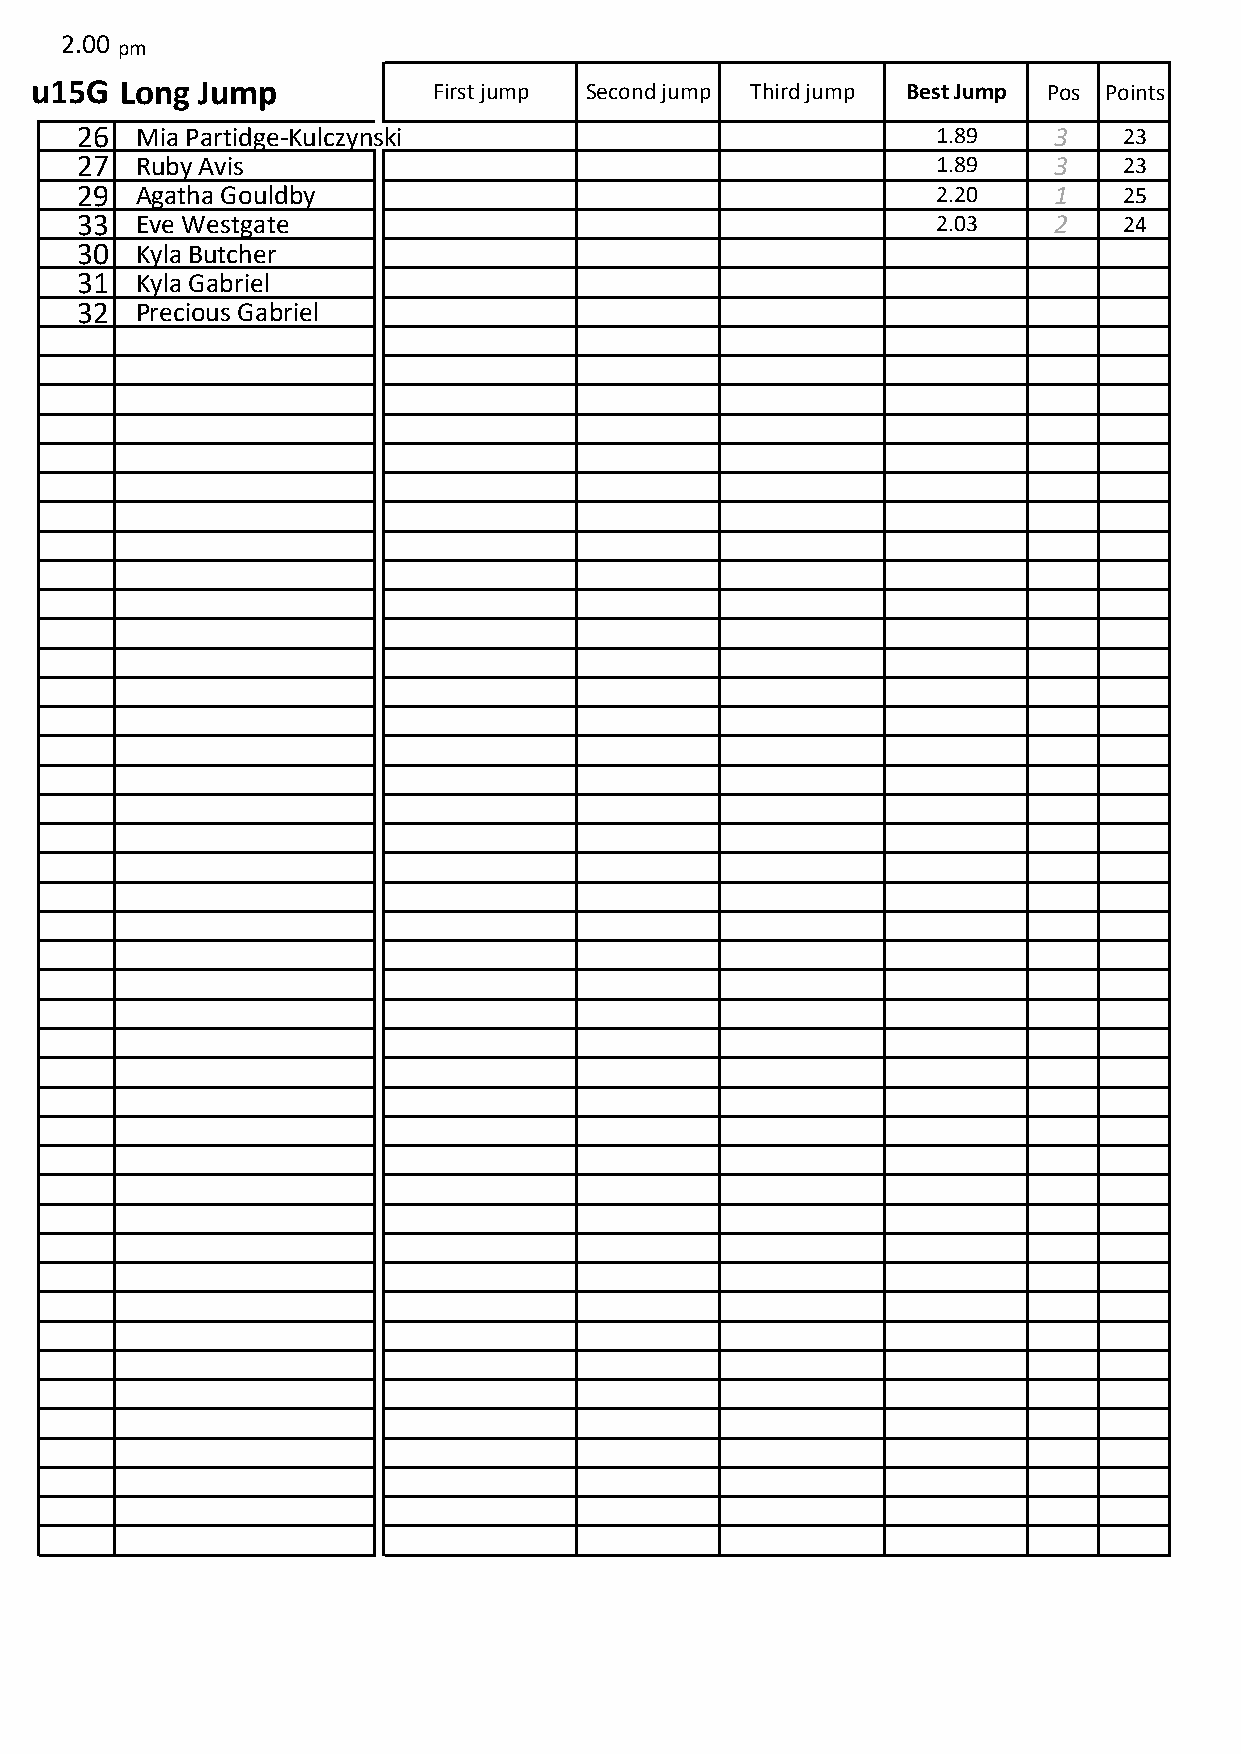
2.00
 pm
 u15G  Long Jump            First jump Second jump Third jump Best Jump Pos Points
 26  Mia Partidge-Kulczynski                              1.89    3   23
 27  Ruby Avis                                            1.89    3   23
 29  Agatha Gouldby                                       2.20    1   25
 33  Eve Westgate                                         2.03    2   24
 30  Kyla Butcher
 31  Kyla Gabriel
 32  Precious Gabriel
 0  0
 0  0
 0  0
 0  0
 0  0
 0  0
 0  0
 0  0
 0  0
 0  0
 0  0
 0  0
 0  0
 0  0
 0  0
 0  0
 0  0
 0  0
 0  0
 0  0
 0  0
 0  0
 0  0
 0  0
 0  0
 0  0
 0  0
 0  0
 0  0
 0  0
 0  0
 0  0
 0  0
 0  0
 0  0
 0  0
 0  0
 0  0
 0  0
 0  0
 0  0
 0  0